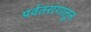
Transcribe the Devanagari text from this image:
पर्वतरांगातून